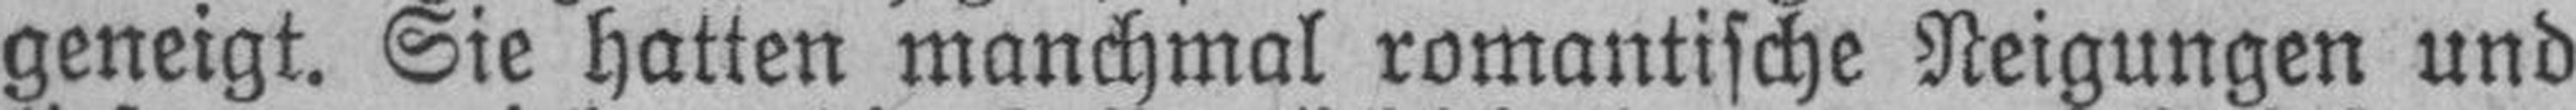
geneigt. Sie hatten manchmal romantische Neigungen und